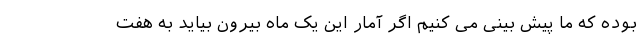
بوده که ما پیش بینی می کنیم اگر آمار این یک ماه بیرون بیاید به هفت